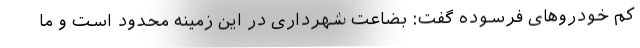
کم خودروهای فرسوده گفت: بضاعت شهرداری در این زمینه محدود است و ما